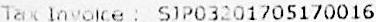
TAX INVOICE : SJP03201705170016